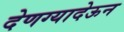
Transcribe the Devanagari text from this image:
देणग्यादेऊन